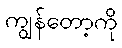
ကျွန်တော့ကို